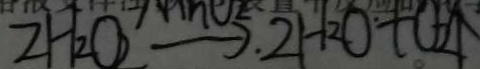
2 H _ { 2 } O _ { 2 } \rightarrow . 2 H _ { 2 } O + O _ { 2 \uparrow }